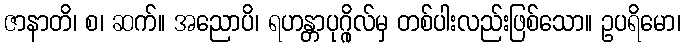
ဇာနာတိ၊ စ၊ ဆက်။ အညောပိ၊ ရဟန္တာပုဂ္ဂိုလ်မှ တစ်ပါးလည်းဖြစ်သော။ ဥပရိမော၊